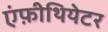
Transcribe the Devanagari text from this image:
एंफ़ीथियेटर